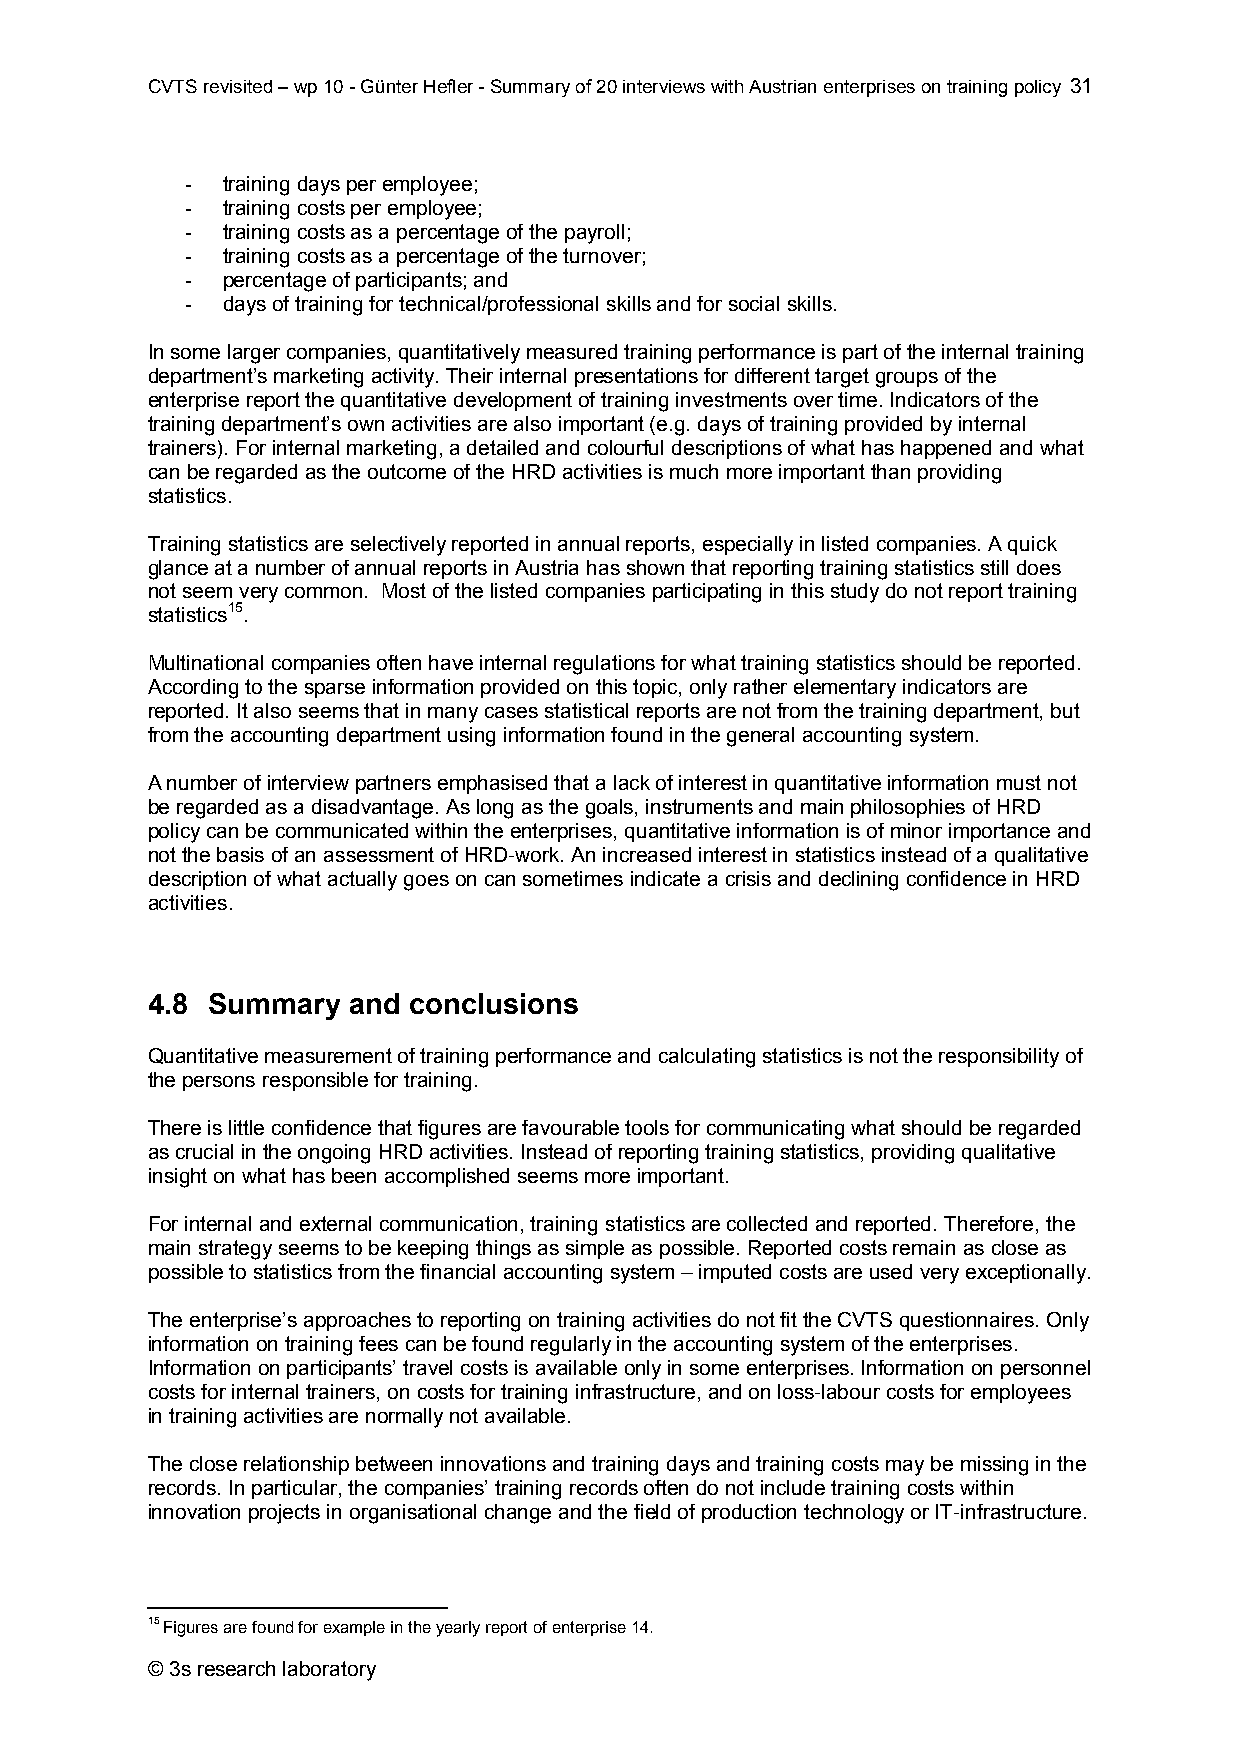
CVTS revisited – wp 10 - Günter Hefler - Summary of 20 interviews with Austrian enterprises on training policy 31
 -  training days per employee;
 -  training costs per employee;
 -  training costs as a percentage of the payroll;
 -  training costs as a percentage of the turnover;
 -  percentage of participants; and
 -  days of training for technical/professional skills and for social skills.
 In some larger companies, quantitatively measured training performance is part of the internal training
 department’s marketing activity. Their internal presentations for different target groups of the
 enterprise report the quantitative development of training investments over time. Indicators of the
 training department’s own activities are also important (e.g. days of training provided by internal
 trainers). For internal marketing, a detailed and colourful descriptions of what has happened and what
 can be regarded as the outcome of the HRD activities is much more important than providing
 statistics.
 Training statistics are selectively reported in annual reports, especially in listed companies. A quick
 glance at a number of annual reports in Austria has shown that reporting training statistics still does
 not seem very common. Most of the listed companies participating in this study do not report training
 statistics15.
 Multinational companies often have internal regulations for what training statistics should be reported.
 According to the sparse information provided on this topic, only rather elementary indicators are
 reported. It also seems that in many cases statistical reports are not from the training department, but
 from the accounting department using information found in the general accounting system.
 A number of interview partners emphasised that a lack of interest in quantitative information must not
 be regarded as a disadvantage. As long as the goals, instruments and main philosophies of HRD
 policy can be communicated within the enterprises, quantitative information is of minor importance and
 not the basis of an assessment of HRD-work. An increased interest in statistics instead of a qualitative
 description of what actually goes on can sometimes indicate a crisis and declining confidence in HRD
 activities.
 4.8 Summary  and conclusions
 Quantitative measurement of training performance and calculating statistics is not the responsibility of
 the persons responsible for training.
 There is little confidence that figures are favourable tools for communicating what should be regarded
 as crucial in the ongoing HRD activities. Instead of reporting training statistics, providing qualitative
 insight on what has been accomplished seems more important.
 For internal and external communication, training statistics are collected and reported. Therefore, the
 main strategy seems to be keeping things as simple as possible. Reported costs remain as close as
 possible to statistics from the financial accounting system – imputed costs are used very exceptionally.
 The enterprise’s approaches to reporting on training activities do not fit the CVTS questionnaires. Only
 information on training fees can be found regularly in the accounting system of the enterprises.
 Information on participants’ travel costs is available only in some enterprises. Information on personnel
 costs for internal trainers, on costs for training infrastructure, and on loss-labour costs for employees
 in training activities are normally not available.
 The close relationship between innovations and training days and training costs may be missing in the
 records. In particular, the companies’ training records often do not include training costs within
 innovation projects in organisational change and the field of production technology or IT-infrastructure.
 15 Figures are found for example in the yearly report of enterprise 14.
 © 3s research laboratory